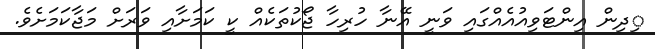
ިދިން އިންޓަވިއުއެއްގައި ވަނީ އޭނާ ހުރިހާ ޖޯކުތަކެއް ކީ ކަމަށާއި ވަރަށް މަޖާކަމަށެވެ.